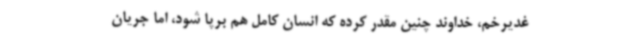
غدیرخم، خداوند چنین مقدر کرده که انسان کامل هم برپا شود، اما جریان